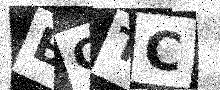
Text: BCTC